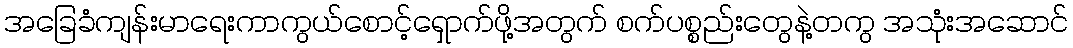
အခြေခံကျန်းမာရေးကာကွယ်စောင့်ရှောက်ဖို့အတွက် စက်ပစ္စည်းတွေနဲ့တကွ အသုံးအဆောင်